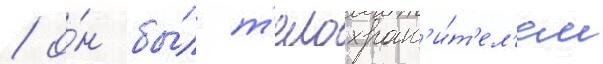
/ о́н бы́л т'елохран'и́т'ел'ем